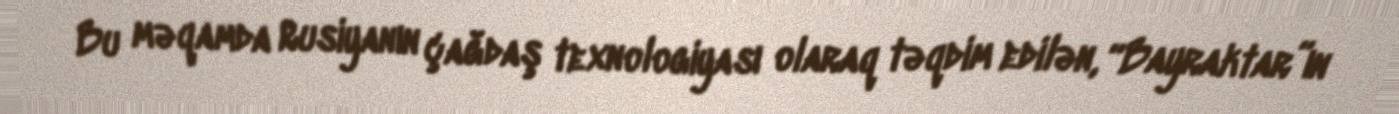
Bu məqamda Rusiyanın çağdaş texnologiyası olaraq təqdim edilən, “Bayraktar”ın